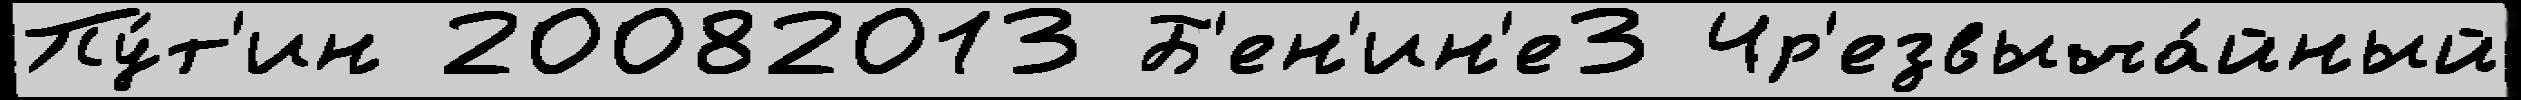
Пу́т'ин 20082013 Б'ен'ин'е3 Чр'езвыча́йный